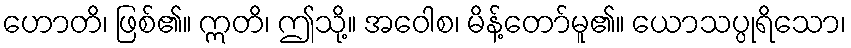
ဟောတိ၊ ဖြစ်၏။ ဣတိ၊ ဤသို့။ အဝေါစ၊ မိန့်တော်မူ၏။ ယောသပ္ပုရိသော၊